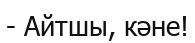
- Айтшы, кәне!